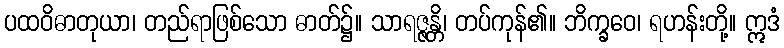
ပထဝိဓာတုယာ၊ တည်ရာဖြစ်သော ဓာတ်၌။ သာရဇ္ဇန္တိ၊ တပ်ကုန်၏။ ဘိက္ခဝေ၊ ရဟန်းတို့။ ဣဒံ